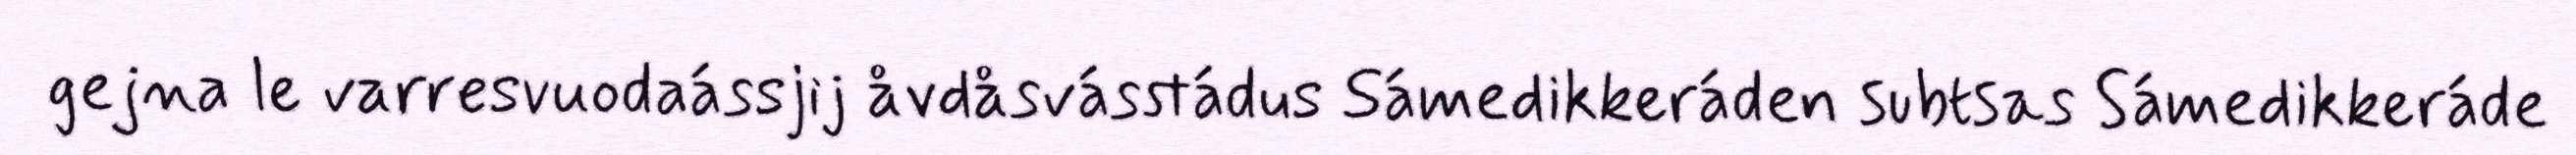
gejna le varresvuodaássjij åvdåsvásstádus Sámedikkeráden subtsas Sámedikkeráde